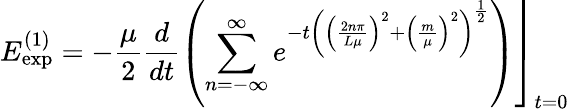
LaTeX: E_{\exp}^{\left(1\right)}=\left.-\frac\mu 2\frac d{dt}\left(\sum_{n=-\infty}^{\infty}e^{-t\left(\left(\frac{2n\pi}{L\mu}\right)^{2}+\left(\frac m\mu\right)^{2}\right)^{\frac 12}}\right)\right\rfloor_{t=0}